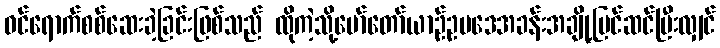
ဝင်ရောက်စစ်ဆေးခဲ့ခြင်းဖြစ်သည် ထိုကဲ့သို့မော်တော်ယာဉ်ဥပဒေအခန်းအချို့ပြင်ဆင်ပြီးလျှင်